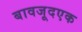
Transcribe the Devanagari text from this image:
बावजूदएक